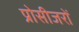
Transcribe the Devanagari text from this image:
प्रोसीजरों